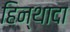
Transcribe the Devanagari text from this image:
हिन्थादा